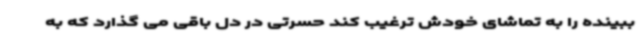
ببینده را به تماشای خودش ترغیب کند حسرتی در دل باقی می گذارد که به